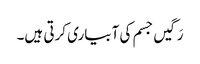
رَگیں جسم کی آبیاری کرتی ہیں۔